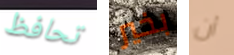
تحافظ بخير أن